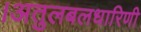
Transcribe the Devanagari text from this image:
।अतुलबलधारिणी